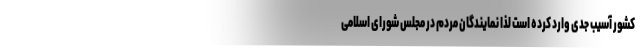
کشور آسیب جدی وارد کرده است لذا نمایندگان مردم در مجلس شورای اسلامی